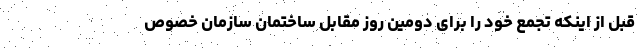
قبل از اینکه تجمع خود را برای دومین روز مقابل ساختمان سازمان خصوص